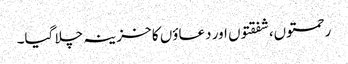
رحمتوں،شفقتوں اور دعاؤں کا خزینہ چلا گیا۔